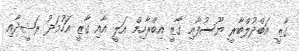
ގާޒީ އަބްދުލްބާރީ ޔޫސުފާއި ގާޒީ އިބްރާހިމް އަލީ އާއި ގާޒީ އަހުމަދު ރަޝީދާއި